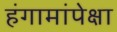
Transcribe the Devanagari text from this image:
हंगामांपेक्षा